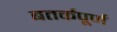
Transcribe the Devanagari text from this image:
बतर्कपूर्ण